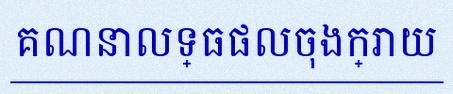
គណនាលទ្ធផលចុងក្រោយ